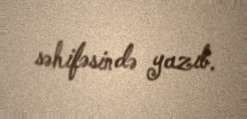
səhifəsində yazıb.